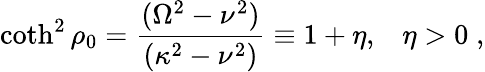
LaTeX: \coth^{2}\rho_{0}={\frac{(\Omega^{2}-\nu^{2})}{(\kappa^{2}-\nu^{2})}}\equiv 1+\eta,\; \; \; \eta>0\; ,